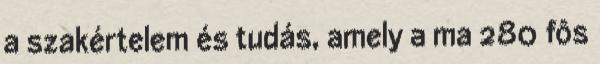
a szakértelem és tudás, amely a ma 280 fôs